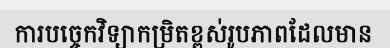
ការបច្ចេកវិទ្យាកម្រិតខ្ពស់រូបភាពដែលមាន